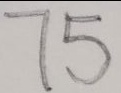
7 5